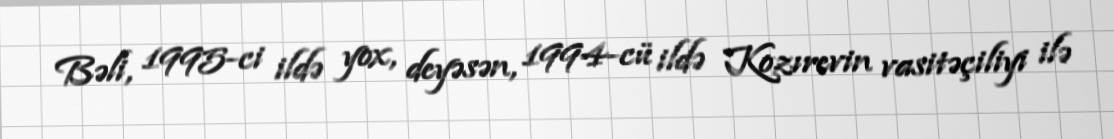
Bəli, 1995-ci ildə yox, deyəsən, 1994-cü ildə Kozırevin vasitəçiliyi ilə